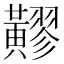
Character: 䵏